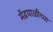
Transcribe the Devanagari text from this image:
मेंढपाळीच्या